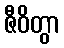
ဇီဝိတွာ